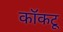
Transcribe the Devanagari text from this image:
कॉकटू